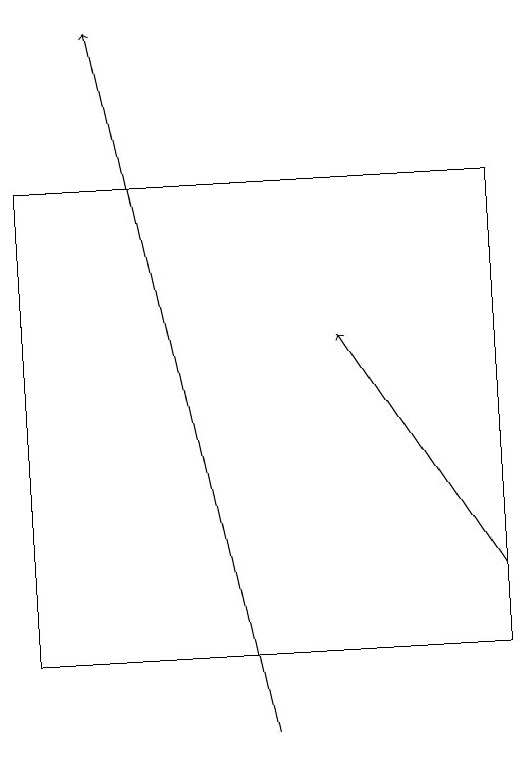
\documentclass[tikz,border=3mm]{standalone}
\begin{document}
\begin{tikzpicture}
\draw[->] (6,10) -- (4,19);
\draw[->] (9,12) -- (7,15);
\draw (9,11) rectangle (3,17);
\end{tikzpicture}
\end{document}